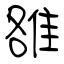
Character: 雒